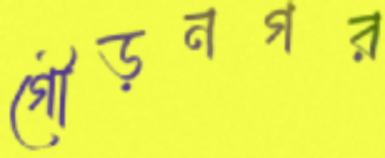
গৌড়নগর